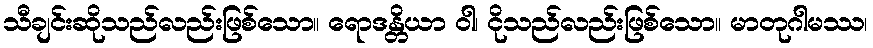
သီချင်းဆိုသည်လည်းဖြစ်သော။ ရောဒန္တိယာ ဝါ၊ ငိုသည်လည်းဖြစ်သော။ မာတုဂါမဿ၊